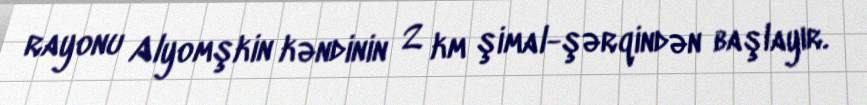
rayonu Alyomşkin kəndinin 2 km şimal-şərqindən başlayır.